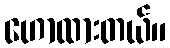
ဟောထားတယ်။